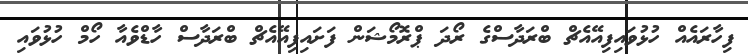
ފިހާރައެއް ހުޅުވައިފިއޭއެޗް ބްރަދާސްގެ ރޯދަ ޕްރޮމޯޝަން ފަށައިފިއޭއެޗް ބްރަދާސް ހާޑްވެއާ ހޯމް ހުޅުވައި